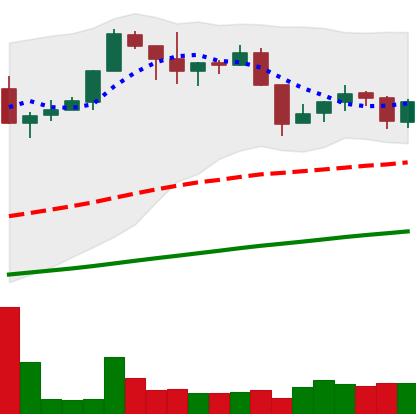
Ticker: XMR-USD
Chart end date: 2019-06-10
Forward return: 8.944%
Label: up_7plus